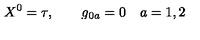
X ^ { 0 } = \tau , \qquad g _ { 0 a } = 0 \quad a = 1 , 2